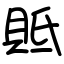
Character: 貾